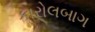
કારોલબાગ